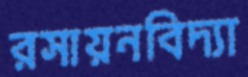
রসায়নবিদ্যা